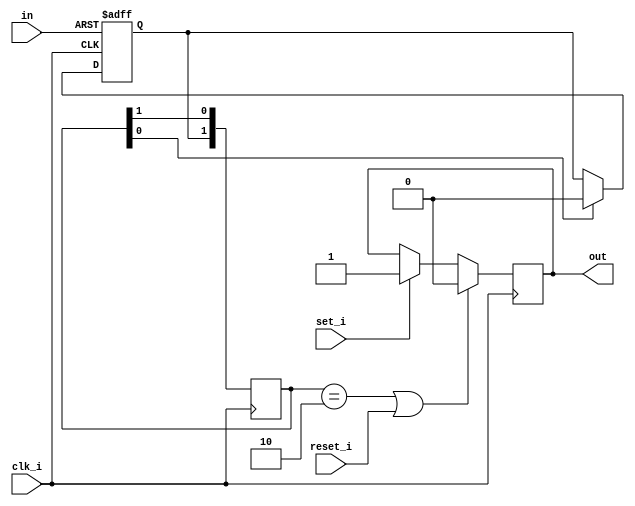
module Sync_latch_input(clk_i, in, out, reset_i, set_i); 
	parameter OUT_POLARITY = 0; 
	parameter STEPS = 2; 
	localparam STEPS_INT = (STEPS < 2) ? 2 : STEPS; 
	input clk_i; 
	input in; 
	output reg out; 
	input reset_i; 
	input set_i; 

	reg [STEPS_INT-1:0] in_r; 
	reg in_latch; 
	always @(posedge clk_i or posedge in) begin
		if(in) 
			in_latch <= 1'b1; 
		else if(in_r[0]) 
			in_latch <= 1'b0;
	end 
 
	always @(posedge clk_i) begin 
		in_r <= {in_latch, in_r[STEPS_INT-1:1]}; 
		if(OUT_POLARITY) begin 
			if(reset_i) 
				out <= 1'b0;
			else if(in_r[1:0] == 2'b10 || set_i) 
				out <= 1'b1; 
		end 
		else begin 
			if(in_r[1:0] == 2'b10 || reset_i) 
				out <= 1'b0;	
			else if(set_i) 
				out <= 1'b1;				
		end 
	end 
 
	initial begin 
		in_latch = 0; 
		out = 0; 
		in_r = 0; 
	end 
endmodule